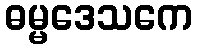
ဓမ္မဒေသကေ